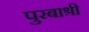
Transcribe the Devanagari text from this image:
पुरबाश्री